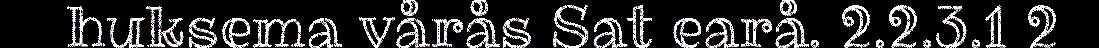
huksema vårås Sat earå. 2.2.3.1 2